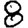
Digit: 8